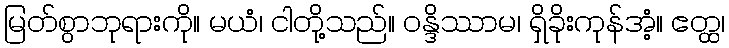
မြတ်စွာဘုရားကို။ မယံ၊ ငါတို့သည်။ ဝန္ဒိဿာမ၊ ရှိခိုးကုန်အံ့။ ဧတ္ထ၊